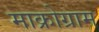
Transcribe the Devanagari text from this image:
माक्रोग्राम